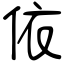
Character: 依